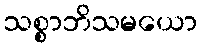
သစ္စာဘိသမယော